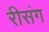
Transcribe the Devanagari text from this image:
रीसंग